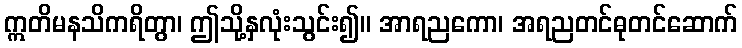
ဣတိမနသိကရိတွာ၊ ဤသို့နှလုံးသွင်း၍။ အာရညကော၊ အရညတင်ဓုတင်ဆောက်